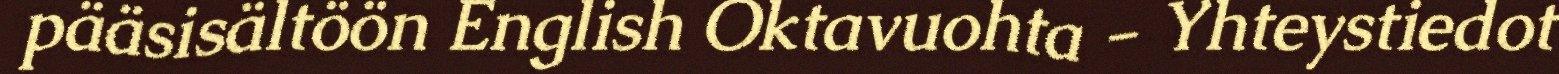
pääsisältöön English Oktavuohta - Yhteystiedot